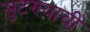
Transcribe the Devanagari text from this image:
सुटण्याची